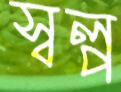
স্বল্প